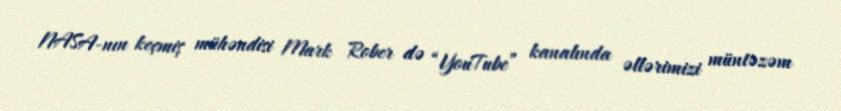
NASA-nın keçmiş mühəndisi Mark Rober də “YouTube” kanalında əllərimizi müntəzəm